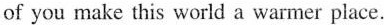
of you make this world a warmer place.